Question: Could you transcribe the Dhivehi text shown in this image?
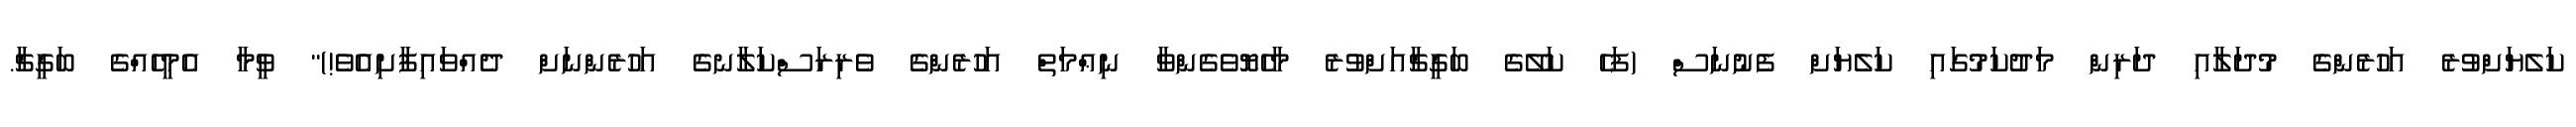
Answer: ކަލެޔަށްވުރެ އަހުރެންގެ މުދަލާއި ދަރިން މަދުކަމުގައި ކަލެޔަށް ފެނުނަސް (ފަހެ ކަލޭގެ ބަގީޗާއަށްވުރެ މާހެޔޮވެގެންވާ ނިޢްމަތް އަހުރެންގެ ވެރިރަސްކަލާނގެ އަހުރެންނަށް ދެއްވައިފާށިއެވެ!)" ވީމާ އެމީހެއްގެ ބަގީޗާ.